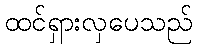
ထင်ရှားလှပေသည်